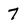
Character: 7